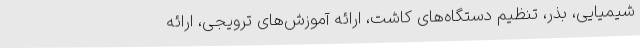
شیمیایی، بذر، تنظیم دستگاه‌های کاشت، ارائه آموزش‌های ترویجی، ارائه